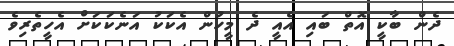
ދެން ބާކީ އޮތް ބައި އެއީ ދެ މީހުން އެކަކު އަނެކަކަށް އެހީތެރިވެ